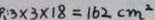
p : 3 \times 3 \times 1 8 = 1 6 2 c m ^ { 2 }